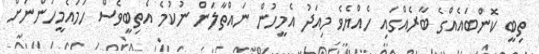
ތިބީ ކޮންބައެއްގެ ބާރެއްގައި ހެއްޔެވެ މިއަދު އެމީހުން ނައްތާލަން ނުކުމެ އެތިބީވެސް ހަމައެމީހުންނަށް